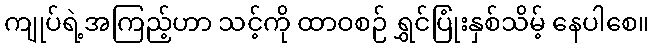
ကျုပ်ရဲ့အကြည့်ဟာ သင့်ကို ထာဝစဉ် ရွှင်ပြုံးနှစ်သိမ့် နေပါစေ။